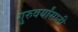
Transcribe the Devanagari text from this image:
गुरुवर्यांसाठी